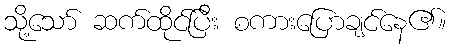
သို့သော် ဆက်ထိုင်ပြီး စကားပြောချင်နေ၏။